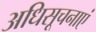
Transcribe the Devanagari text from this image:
अधिसूचनाएं